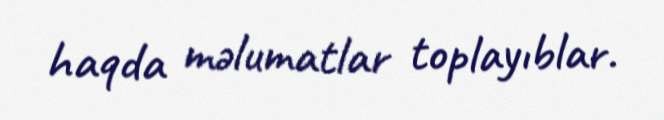
haqda məlumatlar toplayıblar.